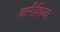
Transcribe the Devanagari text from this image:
कमीशिया